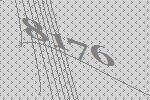
8176